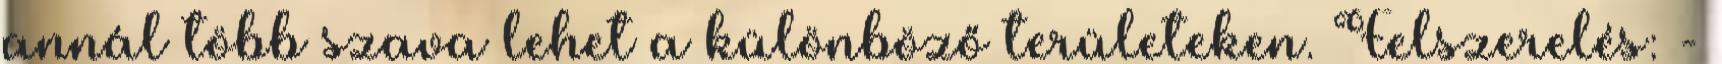
annál több szava lehet a különböző területeken. Felszerelés: -